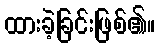
ထားခဲ့ခြင်းဖြစ်၏။